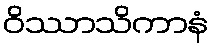
ဝိဿာသိကာနံ